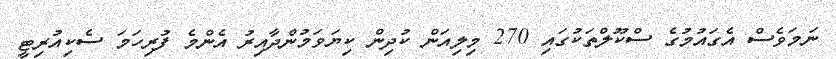
ނަމަވެސް އެގައުމުގެ ސްކޫލްތަކުގައި 270 މިލިއަން ކުދިން ކިޔަވަމުންދާއިރު އެންމެ ފުރިހަމަ ސެކިއުރިޓީ